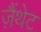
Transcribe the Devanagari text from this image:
ज़ैंथेट